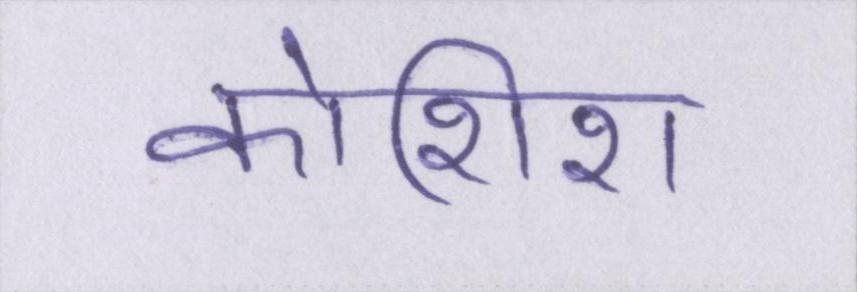
कोशिश